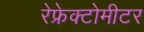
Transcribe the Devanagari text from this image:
रेफ्रेक्टोमीटर